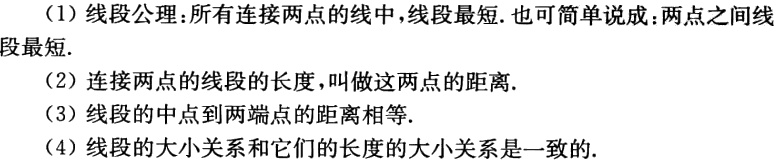
（1）线段公理：所有连接两点的线中，线段最短. 也可简单说成：两点之间线段最短.
（2）连接两点的线段的长度，叫做这两点的距离.
（3）线段的中点到两端点的距离相等.
（4）线段的大小关系和它们的长度的大小关系是一致的.